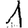
Digit: 1